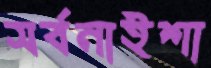
সর্বনাইশা